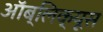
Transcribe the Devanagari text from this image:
ऑब्लिक्यूस